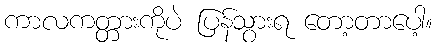
ကာလကတ္တားကိုပဲ ပြန်သွားရ တော့တာပေါ့။